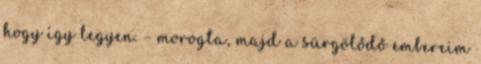
hogy így legyen. – morogta, majd a sürgölődő embereim